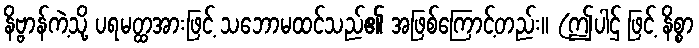
နိဗ္ဗာန်ကဲ့သို့ ပရမတ္ထအားဖြင့် သဘောမထင်သည်၏ အဖြစ်ကြောင့်တည်း။ (ဤပါဌ် ဖြင့် နိစ္စာ